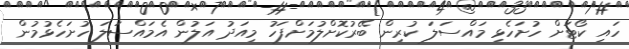
ހައި ކޯޓަށް ހުށަހެޅި މައްސަލަ ކުރިން ބޭރުކޮށްލުމަށްފަހު މިއަދު އަލުން އެމައްސަލަ ހުށަހެޅުމުން